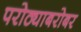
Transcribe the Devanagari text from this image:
परोठ्याबरोबर